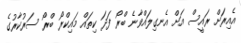
އެއިރަށް ރައީސް އަށް އެނގިލައްވާނެ ބްރޯ ފަދަ ކިތައް މައިކްރޯ ބްރޯ ސަރުކާރުގެ